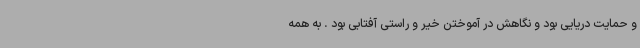
و حمایت دریایی بود و نگاهش در آموختن خیر و راستی آفتابی بود . به همه